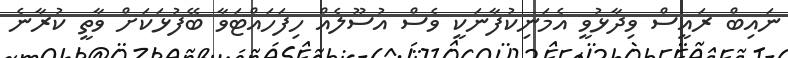
ނައިބް ރައީސް ވިދާޅުވީ އެމަނިކުފާނަކީ ވެސް އުސޫލެއް ހިފަހައްޓަވާ ބޭފުޅަކަށް ވާތީ ކުރާނެ